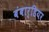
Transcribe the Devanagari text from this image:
बंबार्डियर